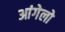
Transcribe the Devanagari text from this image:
आंगेलो